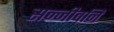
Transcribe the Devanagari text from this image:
सन्जीवनि